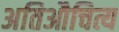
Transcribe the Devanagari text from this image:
अतिऔचित्य